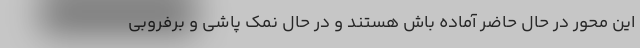
این محور در حال حاضر آماده باش هستند و در حال نمک پاشی و برفروبی